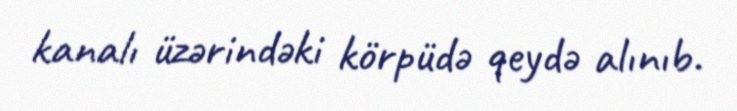
kanalı üzərindəki körpüdə qeydə alınıb.